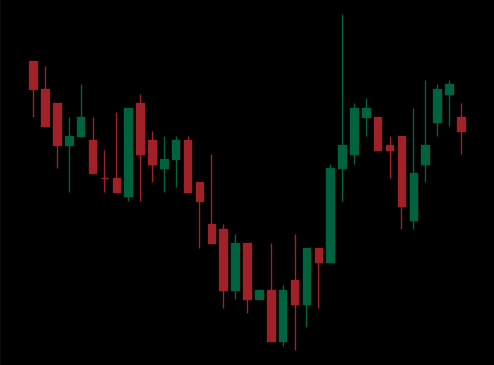
Pattern: inverse_head_shoulders